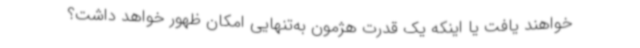
خواهند یافت یا اینکه یک قدرت هژمون به‌تنهایی امکان ظهور خواهد داشت؟